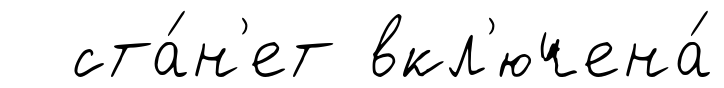
ста́н'ет вкл'ючена́